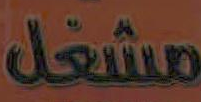
مشغل